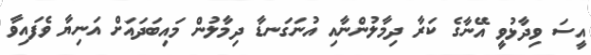
އީސަ ވިދާޅުވީ އޭނާގެ ކަރާ ދިމާލުންނާއި އުނަގަނޑާ ދިމާލުން މައިބަދައަށް އަނިޔާ ވެފައިވާ